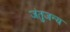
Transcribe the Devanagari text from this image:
जंतुजन्य